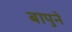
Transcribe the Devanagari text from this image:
बापुने